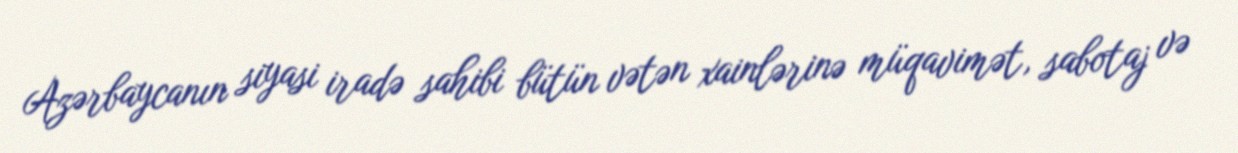
Azərbaycanın siyasi iradə sahibi bütün vətən xainlərinə müqavimət, sabotaj və